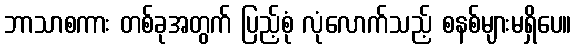
ဘာသာစကား တစ်ခုအတွက် ပြည့်စုံ လုံလောက်သည့် စနစ်များမရှိပေ။